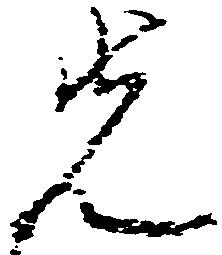
先